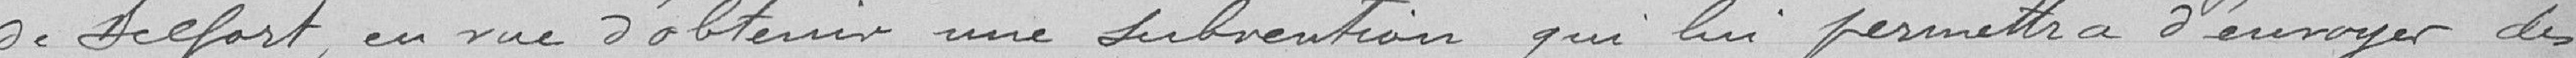
de Belfort en vu d'obtenir une subvention qui lui permettra d'envoyer des